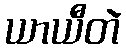
ယာယီတဲ